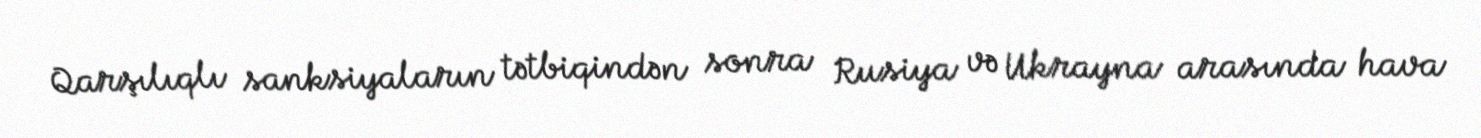
Qarşılıqlı sanksiyaların tətbiqindən sonra Rusiya və Ukrayna arasında hava